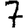
Digit: 7